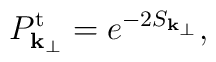
P^{\rm t}_{{\bf k}_{\perp}} = e^{- 2 S_{{\bf k}_{\perp}}},